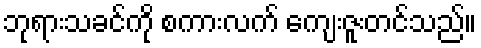
ဘုရားသခင်ကို စကားလက် ကျေးဇူးတင်သည်။